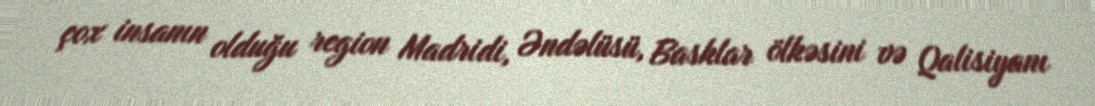
çox insanın olduğu region Madridi, Əndəlüsü, Basklar ölkəsini və Qalisiyanı